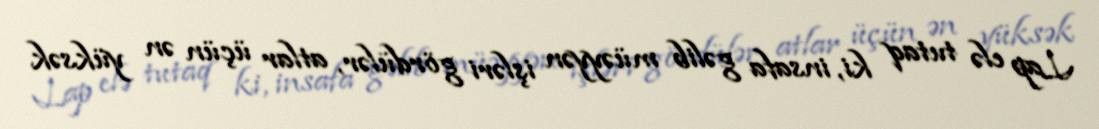
Lap elə tutaq ki, insafa gəlib müəyyən işləri gördülər, atlar üçün ən yüksək